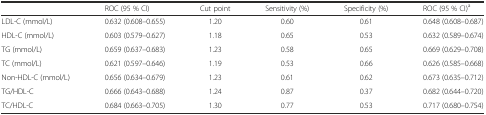
|  | ROC (95 % CI) | Cut point | Sensitivity (%) | Specificity (%) | ROC (95 % CI)a |
 | --- | --- | --- | --- | --- | --- |
 | LDL-C (mmol/L) | 0.632 (0.608–0.655) | 1.20 | 0.60 | 0.61 | 0.648 (0.608–0.687) |
 | HDL-C (mmol/L) | 0.603 (0.579–0.627) | 1.18 | 0.65 | 0.53 | 0.632 (0.589–0.674) |
 | TG (mmol/L) | 0.659 (0.637–0.683) | 1.23 | 0.58 | 0.65 | 0.669 (0.629–0.708) |
 | TC (mmol/L) | 0.621 (0.597–0.646) | 1.19 | 0.53 | 0.66 | 0.626 (0.585–0.668) |
 | Non-HDL-C (mmol/L) | 0.656 (0.634–0.679) | 1.23 | 0.61 | 0.62 | 0.673 (0.635–0.712) |
 | TG/HDL-C | 0.666 (0.643–0.688) | 1.24 | 0.87 | 0.37 | 0.682 (0.644–0.720) |
 | TC/HDL-C | 0.684 (0.663–0.705) | 1.30 | 0.77 | 0.53 | 0.717 (0.680–0.754) |